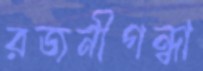
রজনীগন্ধা